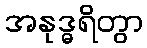
အနုဒ္ဓရိတွာ